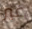
غير